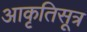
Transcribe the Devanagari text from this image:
आकृतिसूत्र